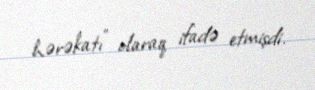
hərəkatı" olaraq ifadə etmişdi.